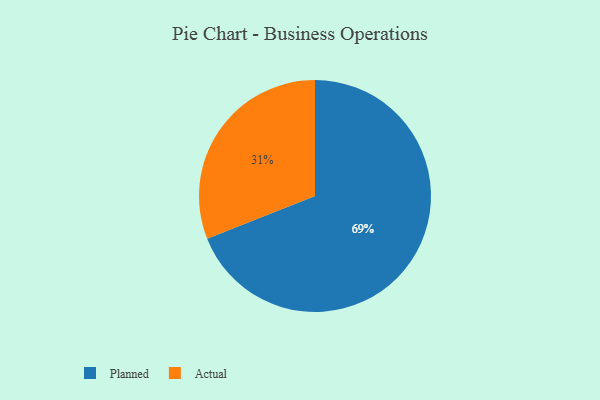
{"axis": {"x": "Category", "y": "Percentage"}, "legend": ["Actual", "Planned"], "data": [{"x": "Actual", "y": 31, "type": "Actual"}, {"x": "Planned", "y": 69, "type": "Planned"}]}